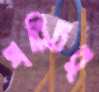
পরিচর্